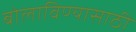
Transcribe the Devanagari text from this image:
बोलाविण्यासाठी